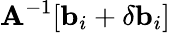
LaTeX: \mathbf{A}^{-1}[\mathbf{b}_{i}+\delta\mathbf{b}_{i}]